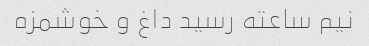
نیم ساعته رسید داغ و خوشمزه